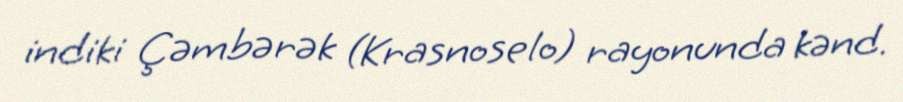
indiki Çəmbərək (Krasnoselo) rayonunda kənd.